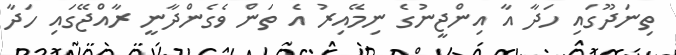
ތިނަދޫގައި ހަދާ އާ އިންޖީނުގެ ނިމޭއިރު އެ ތަން ވެގެންދާނީ ރާއްޖޭގައި ހަދާ